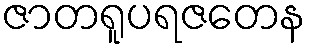
ဇာတရူပရဇတေန